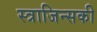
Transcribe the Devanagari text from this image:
स्त्राजिन्सकी